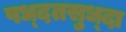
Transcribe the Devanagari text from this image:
पध्दतसुध्दा